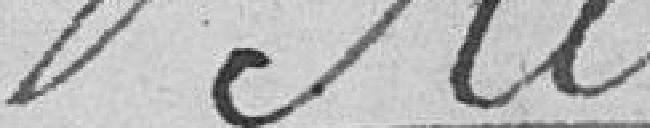
Belot